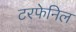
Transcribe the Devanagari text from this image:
टरफेनिल